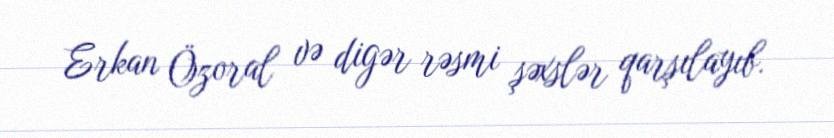
Erkan Özoral və digər rəsmi şəxslər qarşılayıb.